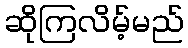
ဆိုကြလိမ့်မည်